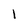
Character: 1